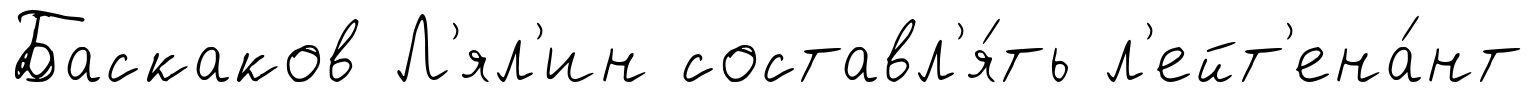
Баскаков Л'ял'ин составл'я́ть л'ейт'ена́нт